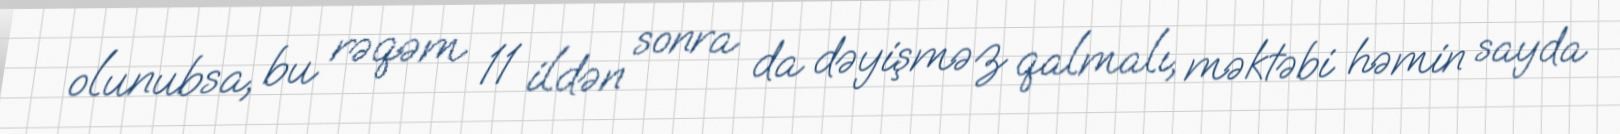
olunubsa, bu rəqəm 11 ildən sonra da dəyişməz qalmalı, məktəbi həmin sayda